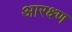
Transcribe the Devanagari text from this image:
आरक्ष्ण